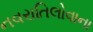
નવરાતિલોવાના